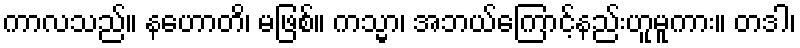
ကာလသည်။ နဟောတိ၊ မဖြစ်။ ကသ္မာ၊ အဘယ်ကြောင့်နည်းဟူမူကား။ တဒါ၊